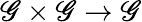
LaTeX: \mathscr{G}\times\mathscr{G}\to\mathscr{G}